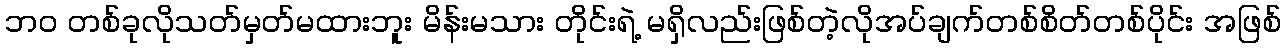
ဘဝ တစ်ခုလိုသတ်မှတ်မထားဘူး မိန်းမသား တိုင်းရဲ့ မရှိလည်းဖြစ်တဲ့လိုအပ်ချက်တစ်စိတ်တစ်ပိုင်း အဖြစ်